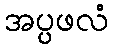
အပ္ပဖလံ